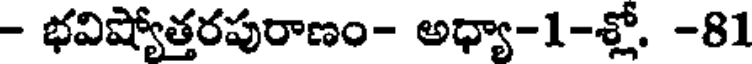
- భవిష్యోత్తరపురాణం- అధ్యా-1-శ్లో. -81